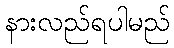
နားလည်ရပါမည်